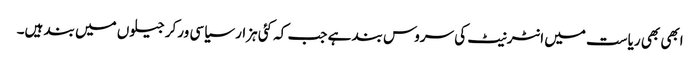
ابھی بھی ریاست میں انٹرنیٹ کی سروس بند ہے جب کہ کئی ہزار سیاسی ورکر جیلوں میں بند ہیں۔